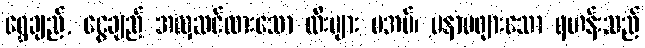
ရွှေချည်, ငွေချည် အလှဆင်ထားသော ထီးများ မအပ်၊ မနာမဖျားသော ရဟန်းသည်